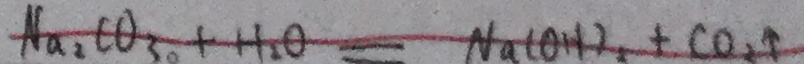
N a _ { 2 } C O _ { 3 } + H _ { 2 } O = N a ( O H ) _ { 2 } + C O _ { 2 } \uparrow